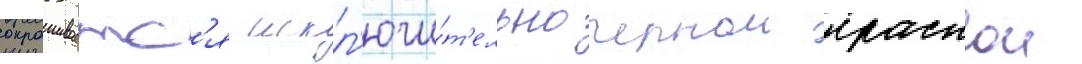
окрашиваетс'я искл'ючи́т'ельно чернои краскои